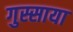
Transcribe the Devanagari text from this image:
गुस्साया